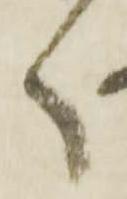
々